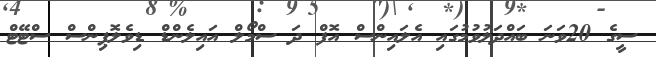
ސީގެ 20ވަނަ ބައްދަލުވުމުގައި އެލައިންސް އޮފް ދަ ސްމޯލް އައިލެންޑް ޑިވެލޮޕިންސް ސްޓޭޓް